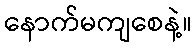
နောက်မကျစေနဲ့။